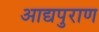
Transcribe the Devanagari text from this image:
आद्यपुराण